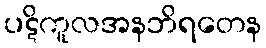
ပဋိကူလအနဘိရတေန